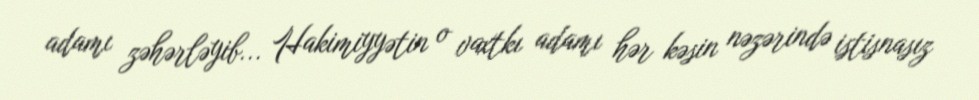
adamı zəhərləyib... Hakimiyyətin o vaxtkı adamı hər kəsin nəzərində istisnasız